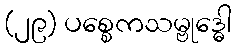
(၂၉) ပစ္စေကသမ္ဗုဒ္ဓေါ